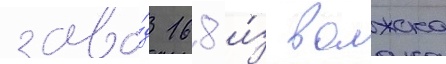
заво́д 168 и́з волжска